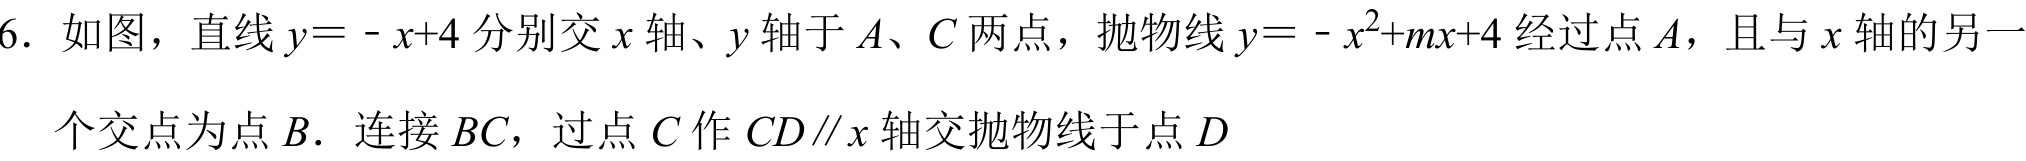
6. 如图，直线\(y = -x + 4\)分别交\(x\)轴、\(y\)轴于\(A、C\)两点，抛物线\(y = -x^{2}+mx + 4\)经过点\(A\)，且与\(x\)轴的另一个交点为点\(B\). 连接\(BC\)，过点\(C\)作\(CD\parallel x\)轴交抛物线于点\(D\)